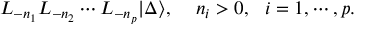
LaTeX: L _ { - n _ { 1 } } L _ { - n _ { 2 } } \cdots L _ { - n _ { p } } | \Delta \rangle , \, \, \, \, \, \, \, n _ { i } > 0 , \, \, \, \, i = 1 , \cdots , p .